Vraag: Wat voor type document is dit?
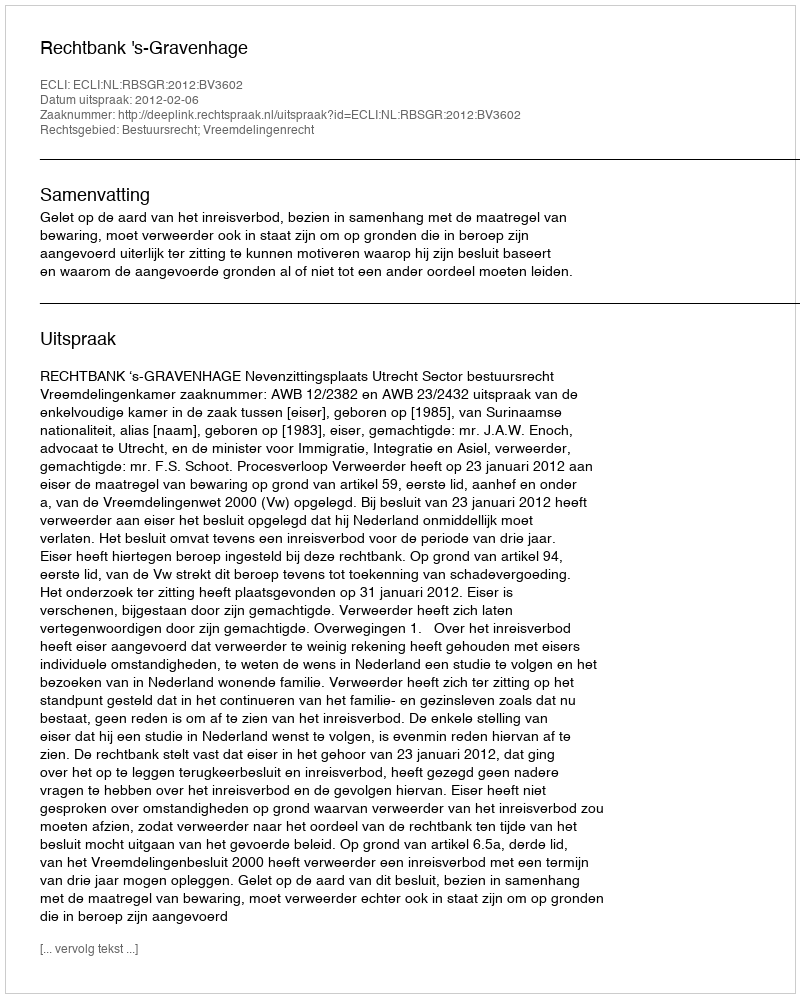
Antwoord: Uitspraak